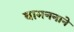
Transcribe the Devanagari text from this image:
वामननाने